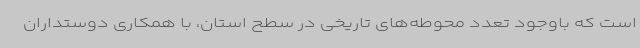
است که باوجود تعدد محوطه‌های تاریخی در سطح استان، با همکاری دوستداران